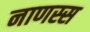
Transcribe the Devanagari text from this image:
नाणस्स